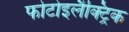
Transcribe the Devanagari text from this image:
फोटोइलैक्ट्रिक